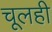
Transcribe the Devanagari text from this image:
चूलही